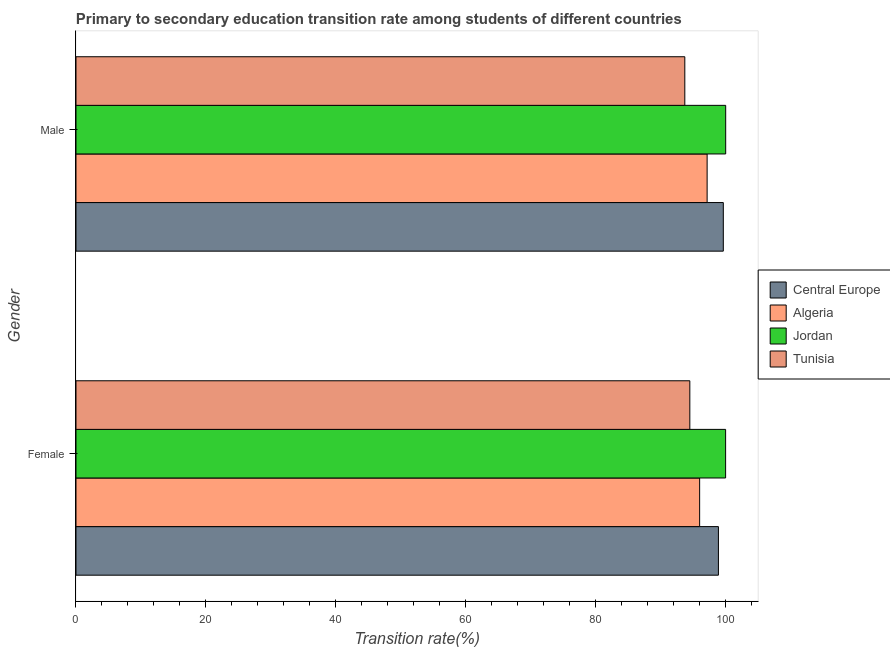
| Gender | Central Europe | Algeria | Jordan | Tunisia |
 | --- | --- | --- | --- | --- |
 | Female | 98.9 | 96 | 100 | 94.5 |
 | Male | 99.6 | 97.1 | 100 | 93.7 |